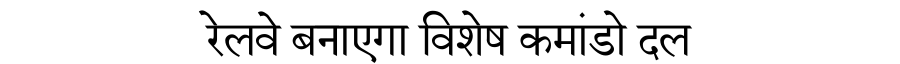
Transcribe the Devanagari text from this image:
रेलवे बनाएगा विशेष कमांडो दल